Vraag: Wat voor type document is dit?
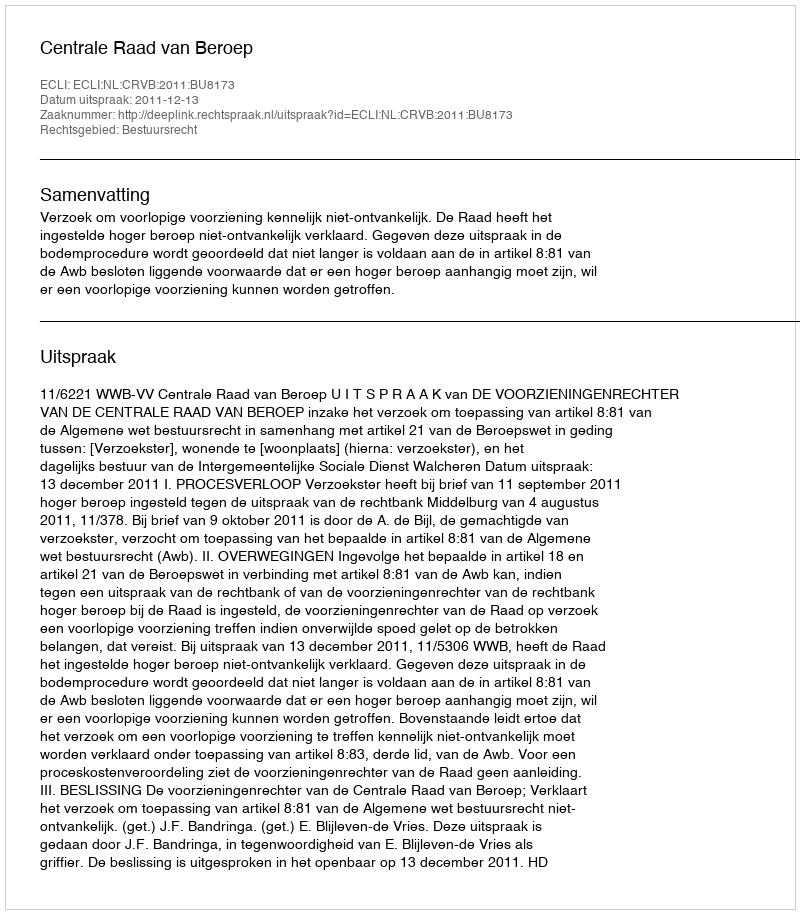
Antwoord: Uitspraak